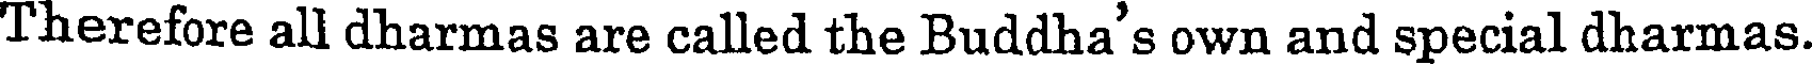
Therefore all dharmas are called the Buddha's own and special dharmas.